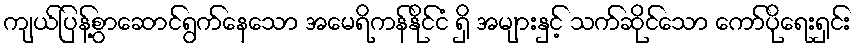
ကျယ်ပြန့်စွာဆောင်ရွက်နေသော အမေရိကန်နိုင်ငံ ရှိ အများနှင့် သက်ဆိုင်သော ကော်ပိုရေးရှင်း